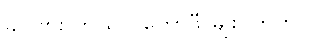
ခင်ဗျား ဘယ်လိုကော်ဖီ မျိုး ကြိုက်လဲ။